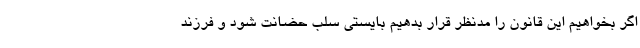
اگر بخواهیم این قانون را مدنظر قرار بدهیم بایستی سلب حضانت شود و فرزند